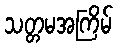
သတ္တမအကြိမ်